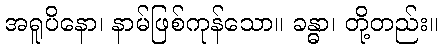
အရူပိနော၊ နာမ်ဖြစ်ကုန်သော။ ခန္ဓာ၊ တို့တည်း။